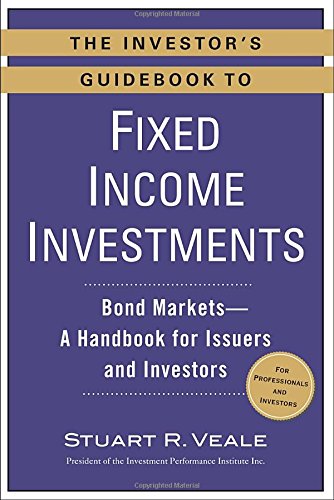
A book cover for The Investor's Guidebook to Fixed Income Investments: Bond Markets--A Handbook for Issuers and Investors; Stuart R. Veale; Business & Money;